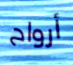
أرواح